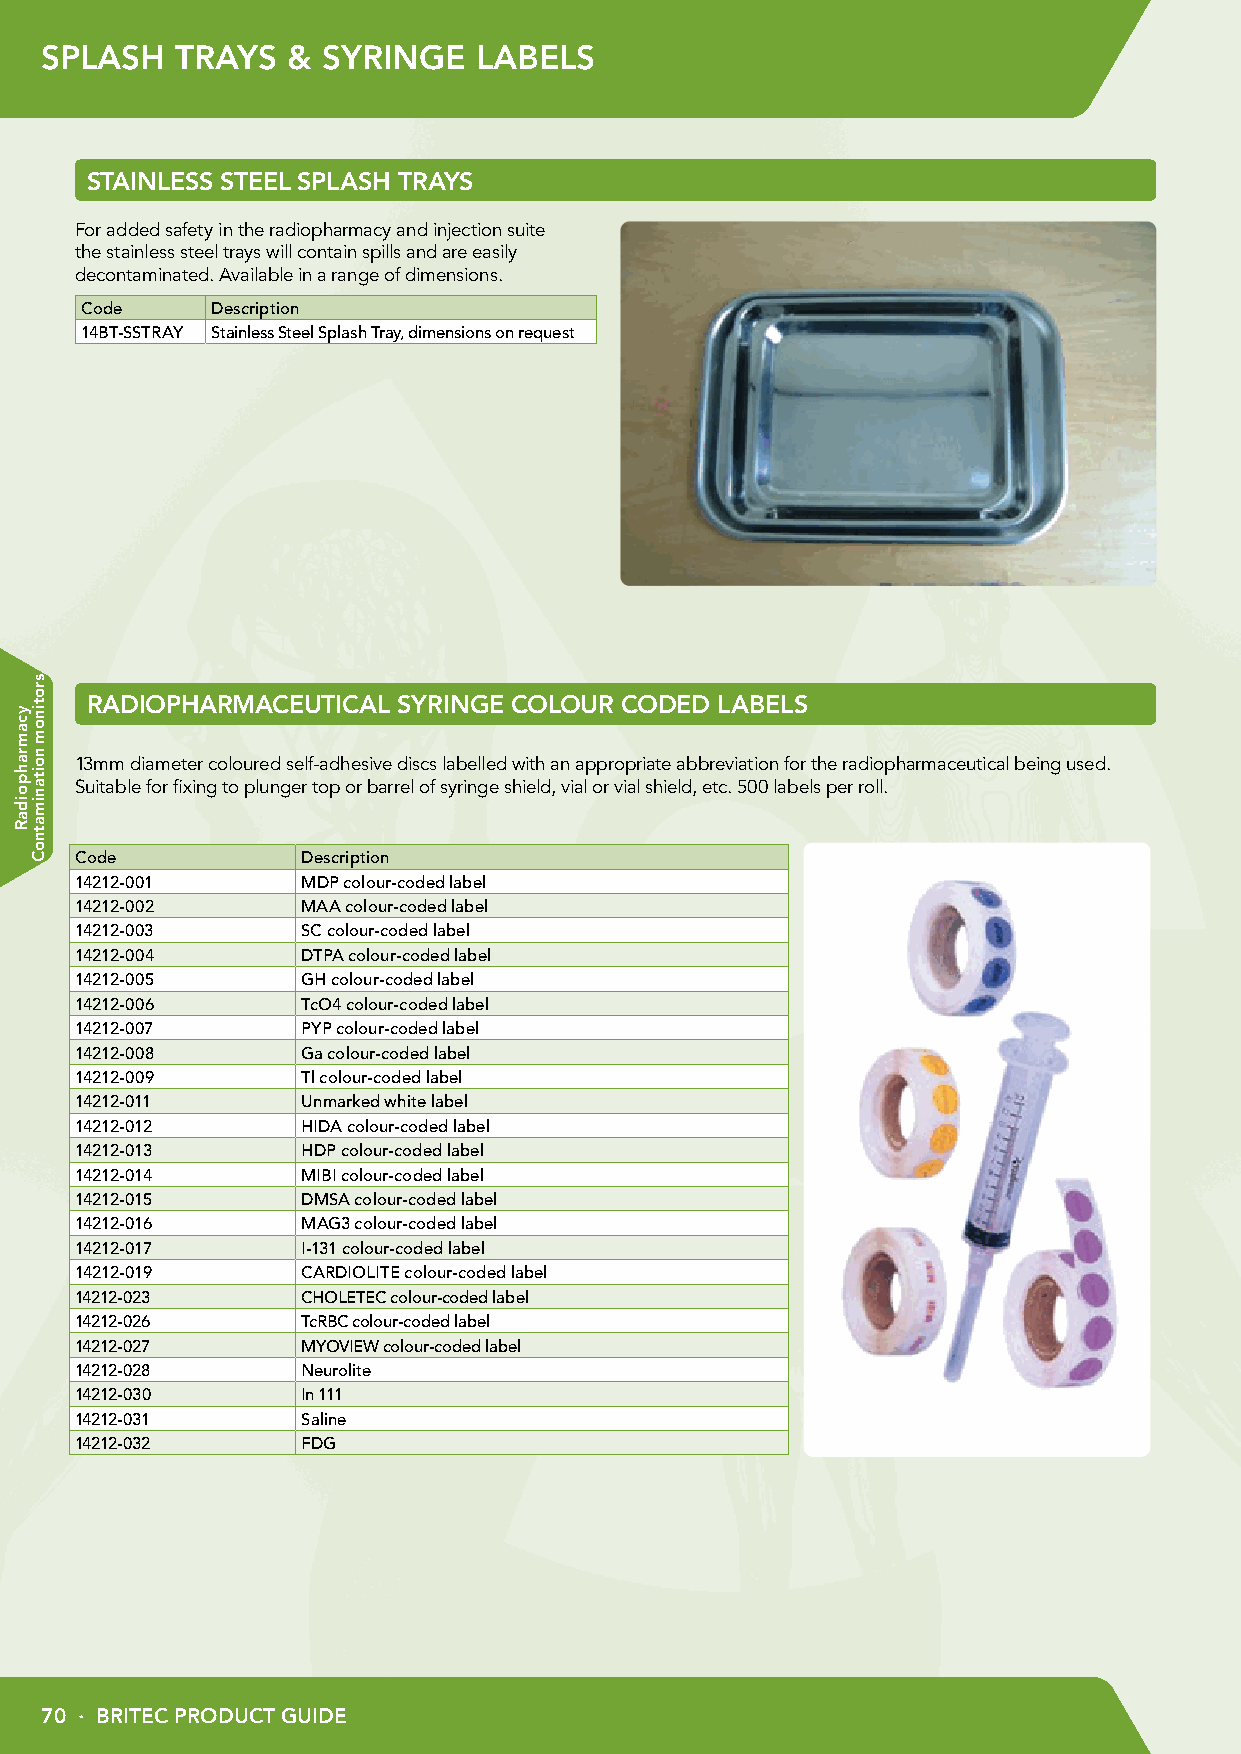
SPLASH   TRAYS  & SYRINGE   LABELS
 STAINLESS STEEL SPLASH TRAYS
 For added safety in the radiopharmacy and injection suite
 the stainless steel trays will contain spills and are easily
 decontaminated. Available in a range of dimensions.
 Code     Description
 14BT-SSTRAY Stainless Steel Splash Tray, dimensions on request
 RADIOPHARMACEUTICAL SYRINGE COLOUR CODED  LABELS
 13mm diameter coloured self-adhesive discs labelled with an appropriate abbreviation for the radiopharmaceutical being used.
 Suitable for fixing to plunger top or barrel of syringe shield, vial or vial shield, etc. 500 labels per roll.
 Code           Description
 14212-001      MDP colour-coded label
 14212-002      MAA colour-coded label
 14212-003      SC colour-coded label
 14212-004      DTPA colour-coded label
 14212-005      GH colour-coded label
 14212-006      TcO4 colour-coded label
 14212-007      PYP colour-coded label
 14212-008      Ga colour-coded label
 14212-009      Tl colour-coded label
 14212-011      Unmarked white label
 14212-012      HIDA colour-coded label
 14212-013      HDP colour-coded label
 14212-014      MIBI colour-coded label
 14212-015      DMSA colour-coded label
 14212-016      MAG3 colour-coded label
 14212-017      I-131 colour-coded label
 14212-019      CARDIOLITE colour-coded label
 14212-023      CHOLETEC colour-coded label
 14212-026      TcRBC colour-coded label
 14212-027      MYOVIEW colour-coded label
 14212-028      Neurolite
 14212-030      In 111
 14212-031      Saline
 14212-032      FDG
 70 · BRITEC PRODUCT GUIDE
 ycamrahpoidaR
 srotinom
 noitanimatnoC